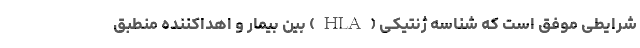
شرایطی موفق است كه شناسه ژنتیكی (HLA) بین بیمار و اهداكننده منطبق